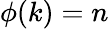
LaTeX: \phi(k)=n